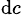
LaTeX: _{\mathrm{d}c}